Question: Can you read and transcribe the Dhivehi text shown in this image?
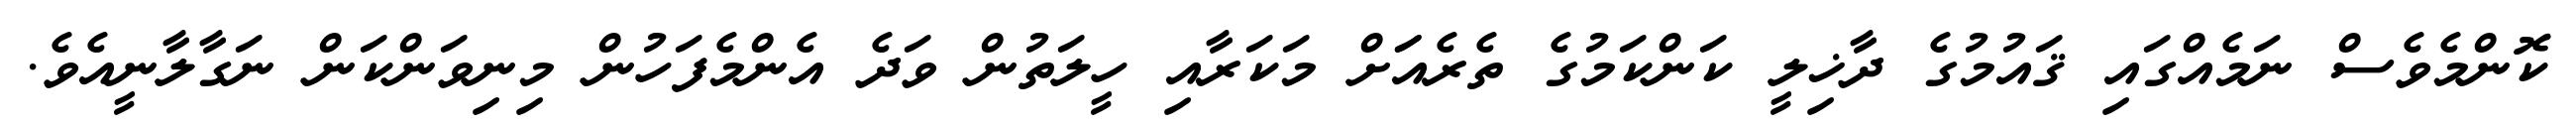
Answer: ކޮންމެވެސް ނަމެއްގައި ޤައުމުގެ ދާޚިލީ ކަންކަމުގެ ތެރެއަަށް މަކަރާއި ހީލަތުން ވަދެ އެންމެފަހުން މިނިވަންކަން ނަގާލާނީއެވެ.